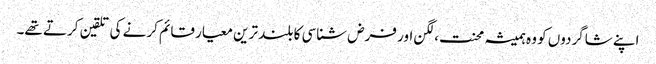
اپنے شاگردوں کو وہ ہمیشہ محنت،لگن اور فرض شناسی کا بلند ترین معیار قائم کرنے کی تلقین کرتے تھے۔